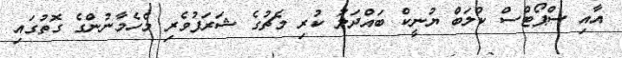
އާއި ސްޕޯޓްސް ކްލަބް ޔުނީކް ބައްދަލު ކުރި މެޗުގެ ޝަރަފުވެރި މެހެމާނުންގެ ގޮތުގައި